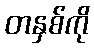
တနှစ်ကို